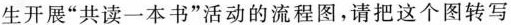
生开展”共读一本书”活动的流程图，请把这个图转写